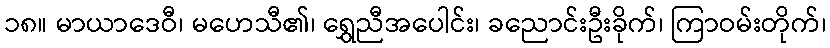
၁၈။ မာယာဒေဝီ၊ မဟေသီ၏၊ ရွှေညီအပေါင်း၊ ခညောင်းဦးခိုက်၊ ကြာဝမ်းတိုက်၊